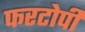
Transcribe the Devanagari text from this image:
फरटोपी